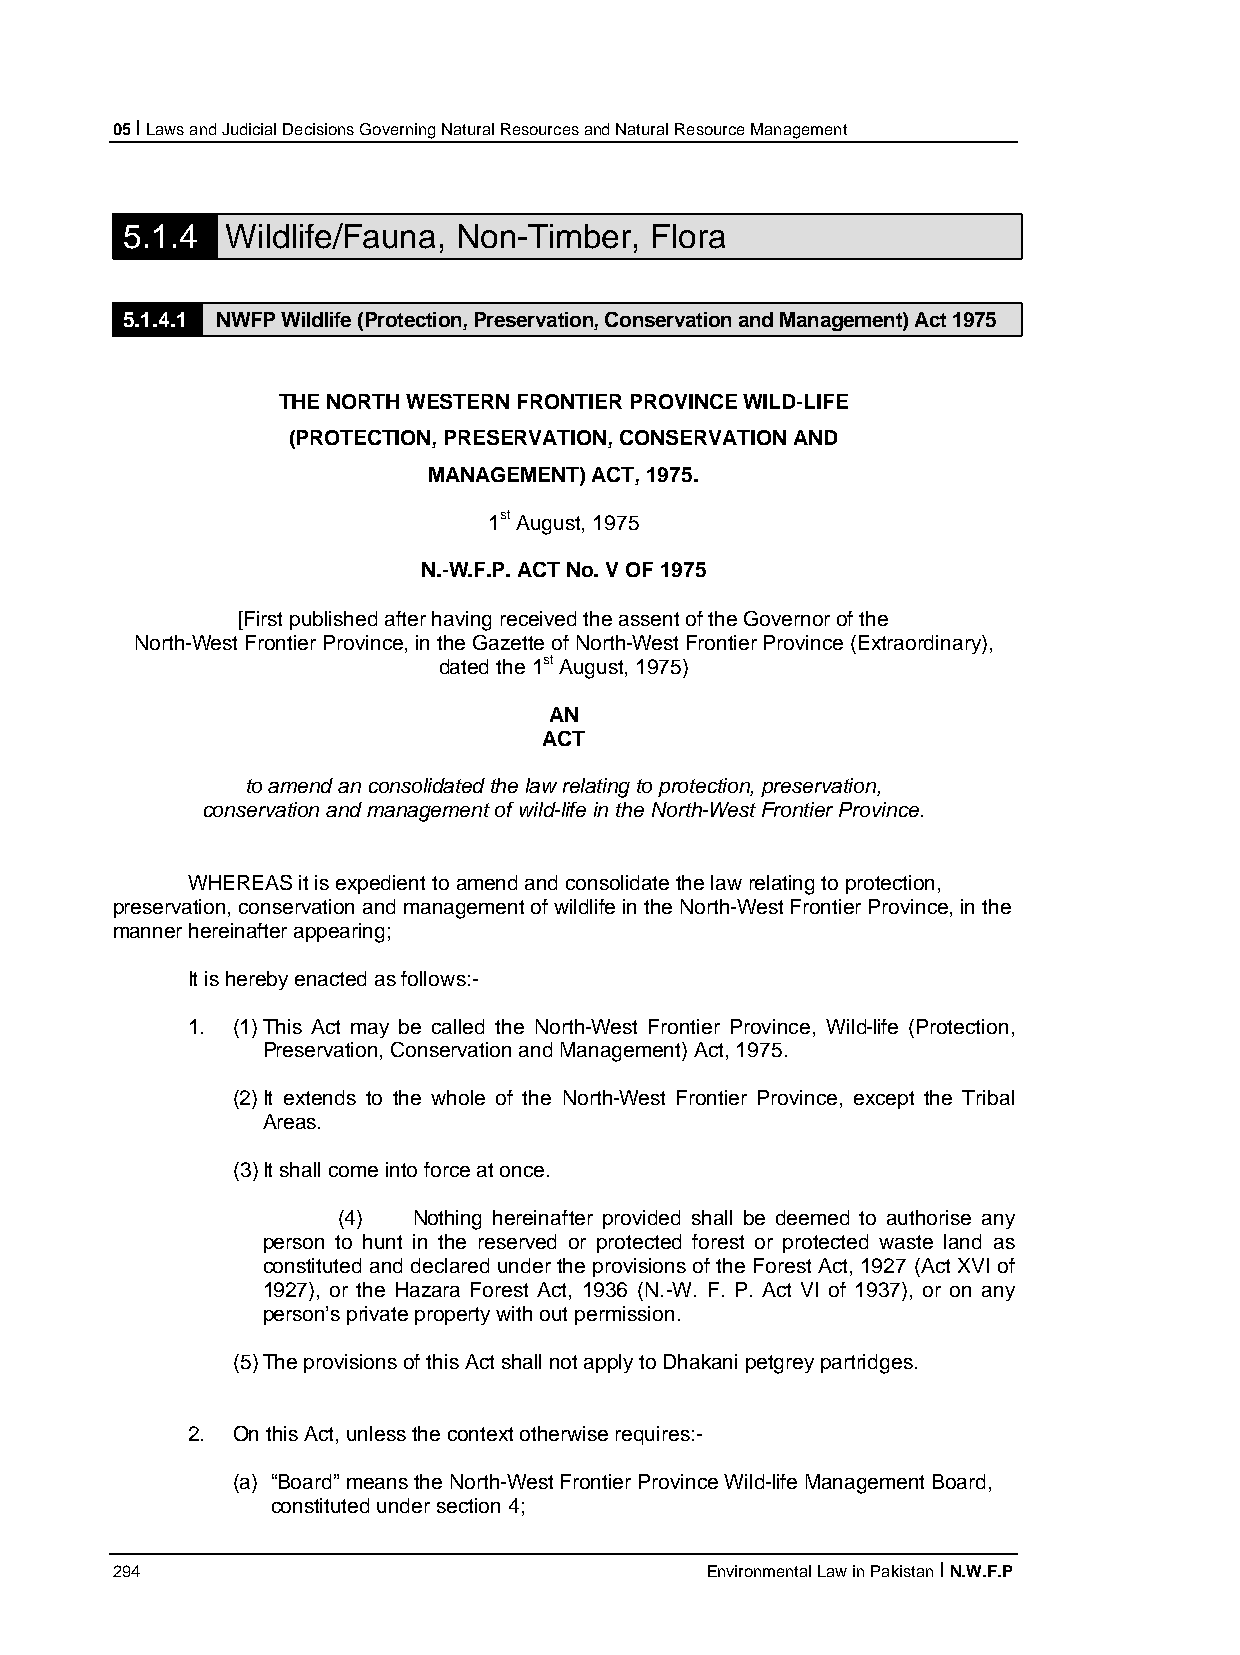
05 I Laws and Judicial Decisions Governing Natural Resources and Natural Resource Management
 5.1.4  Wildlife/Fauna, Non-Timber, Flora
 5.1.4.1 NWFP Wildlife (Protection, Preservation, Conservation and Management) Act 1975
 THE NORTH WESTERN FRONTIER PROVINCE WILD-LIFE
 (PROTECTION, PRESERVATION, CONSERVATION AND
 MANAGEMENT) ACT, 1975.
 1st August, 1975
 N.-W.F.P. ACT No. V OF 1975
 [First published after having received the assent of the Governor of the
 North-West Frontier Province, in the Gazette of North-West Frontier Province (Extraordinary),
 dated the 1st August, 1975)
 AN
 ACT
 to amend an consolidated the law relating to protection, preservation,
 conservation and management of wild-life in the North-West Frontier Province.
 WHEREAS it is expedient to amend and consolidate the law relating to protection,
 preservation, conservation and management of wildlife in the North-West Frontier Province, in the
 manner hereinafter appearing;
 It is hereby enacted as follows:-
 1. (1) This Act may be called the North-West Frontier Province, Wild-life (Protection,
 Preservation, Conservation and Management) Act, 1975.
 (2) It extends to the whole of the North-West Frontier Province, except the Tribal
 Areas.
 (3) It shall come into force at once.
 (4)  Nothing hereinafter provided shall be deemed to authorise any
 person to hunt in the reserved or protected forest or protected waste land as
 constituted and declared under the provisions of the Forest Act, 1927 (Act XVI of
 1927), or the Hazara Forest Act, 1936 (N.-W. F. P. Act VI of 1937), or on any
 person’s private property with out permission.
 (5) The provisions of this Act shall not apply to Dhakani petgrey partridges.
 2. On this Act, unless the context otherwise requires:-
 (a) “Board” means the North-West Frontier Province Wild-life Management Board,
 constituted under section 4;
 294                                     Environmental Law in Pakistan I N.W.F.P